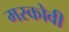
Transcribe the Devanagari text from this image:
मस्कोवी